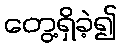
တွေ့ရှိခဲ့၍